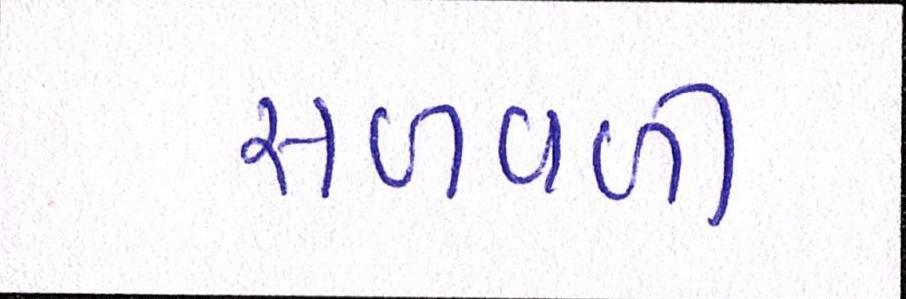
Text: સળવળી